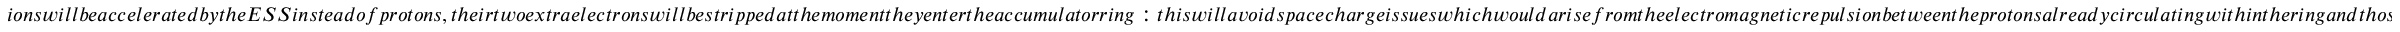
i o n s w i l l b e a c c e l e r a t e d b y t h e E S S i n s t e a d o f p r o t o n s , t h e i r t w o e x t r a e l e c t r o n s w i l l b e s t r i p p e d a t t h e m o m e n t t h e y e n t e r t h e a c c u m u l a t o r r i n g : t h i s w i l l a v o i d s p a c e c h a r g e i s s u e s w h i c h w o u l d a r i s e f r o m t h e e l e c t r o m a g n e t i c r e p u l s i o n b e t w e e n t h e p r o t o n s a l r e a d y c i r c u l a t i n g w i t h i n t h e r i n g a n d t h o s e b e i n g i n j e c t e d . T h e l o n g E S S